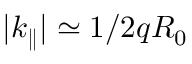
\lvert k _ { \parallel } \rvert \simeq 1 / 2 q R _ { 0 }